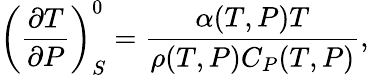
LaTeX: \left(\frac{\partial T}{\partial P}\right)_{S}^{0}=\frac{\alpha(T,P)T}{\rho(T,P)C_{P}(T,P)},